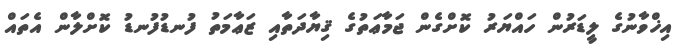
އިޚްވާނުގެ ލީޑަރުން ހައްޔަރު ކޮށްގެން ޖަމާޢަތުގެ ޤިޔާދަތާއި ޒަޢާމަތު ފުނޑުފުނޑު ކޮށްލާން އެތައް